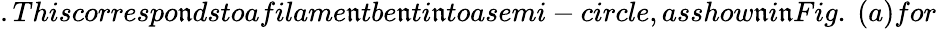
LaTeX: .Thiscorrespo\mathfrak{n}dstoafilame\mathfrak{n}tbe\mathfrak{n}ti\mathfrak{n}toasemi-circle,asshow\mathfrak{n}i\mathfrak{n}Fig.~(a)for